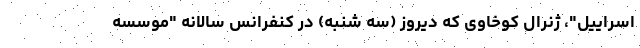
اسراییل"، ژنرال کوخاوی که دیروز (سه شنبه) در کنفرانس سالانه "موسسه